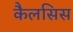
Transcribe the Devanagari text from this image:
कैलसिस